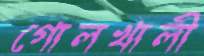
গোলখালী